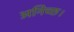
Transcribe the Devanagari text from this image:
अनिच्छ।